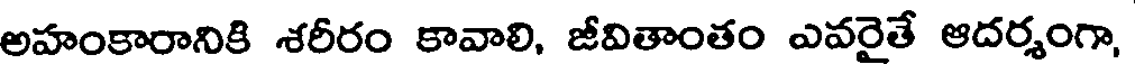
అహంకారానికి శరీరం కావాలి, జీవితాంతం ఎవరైతే ఆదర్శంగా,